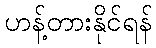
ဟန့်တားနိုင်ရန်